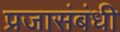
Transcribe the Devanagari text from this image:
प्रजासंबंधी